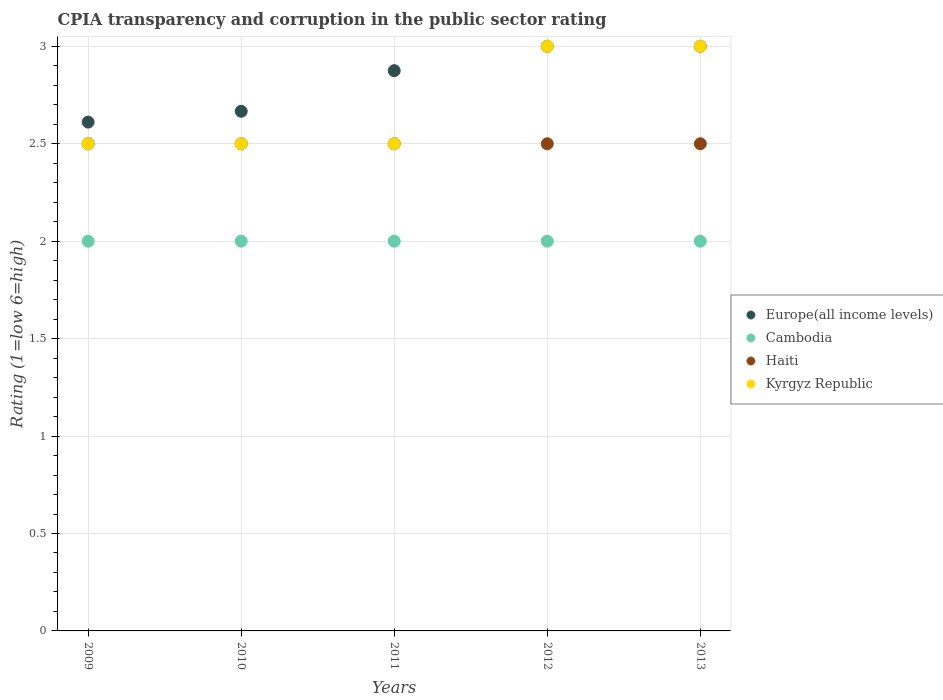
| Years | Europe(all income levels) | Cambodia | Haiti | Kyrgyz Republic |
 | --- | --- | --- | --- | --- |
 | 2009 | 2.61 | 2 | 2.5 | 2.5 |
 | 2010 | 2.67 | 2 | 2.5 | 2.5 |
 | 2011 | 2.88 | 2 | 2.5 | 2.5 |
 | 2012 | 3 | 2 | 2.5 | 3 |
 | 2013 | 3 | 2 | 2.5 | 3 |